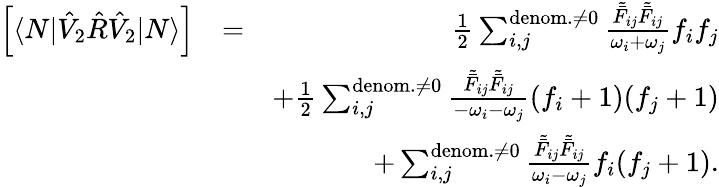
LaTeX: \begin{array}{rlr}{\left[\langle N|\hat{V}_{2}\hat{R}\hat{V}_{2}|N\rangle\right]}&{=}&{\frac{1}{2}\sum_{i,j}^{{\mathrm{denom.}\neq 0}}\frac{\tilde{\bar{F}}_{ij}\tilde{\bar{F}}_{ij}}{\omega_{i}+\omega_{j}}f_{i}f_{j}}\\ &{}&{+\frac{1}{2}\sum_{i,j}^{{\mathrm{denom.}\neq 0}}\frac{\tilde{\bar{F}}_{ij}\tilde{\bar{F}}_{ij}}{-\omega_{i}-\omega_{j}}(f_{i}+1)(f_{j}+1)}\\ &{}&{+\sum_{i,j}^{\mathrm{denom.}\neq 0}\frac{\tilde{\bar{F}}_{ij}\tilde{\bar{F}}_{ij}}{\omega_{i}-\omega_{j}}f_{i}(f_{j}+1).}\end{array}